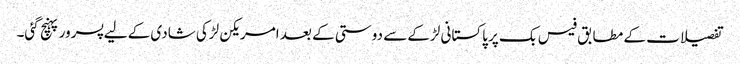
تفصیلات کے مطابق فیس بک پر پاکستانی لڑکے سے دوستی کے بعد امریکن لڑکی شادی کے لیے پسرور پہنچ گئی۔